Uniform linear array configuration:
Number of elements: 12
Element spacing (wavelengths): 0.75
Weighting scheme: binomial
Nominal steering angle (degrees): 15
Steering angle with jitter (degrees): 16.819
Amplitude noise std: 0.05
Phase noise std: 0.05

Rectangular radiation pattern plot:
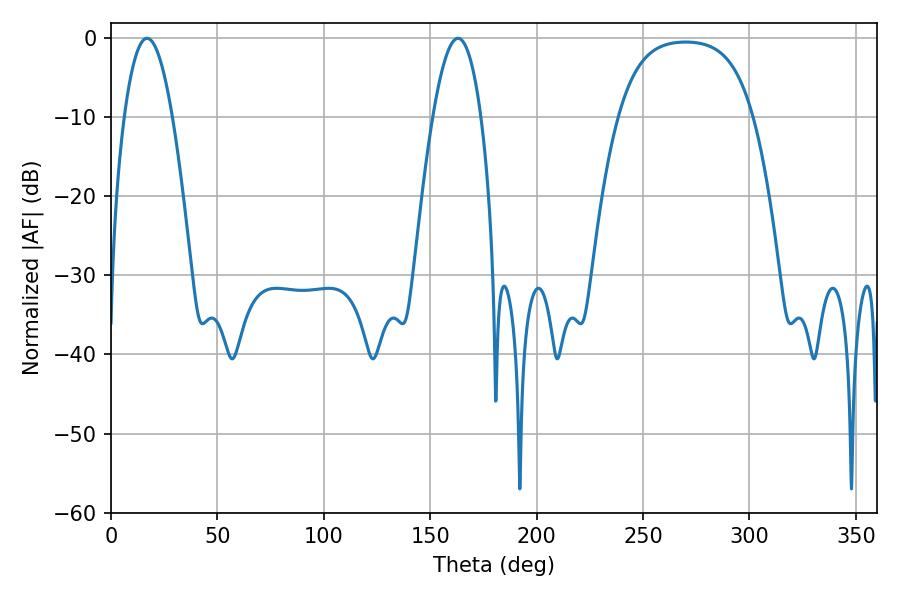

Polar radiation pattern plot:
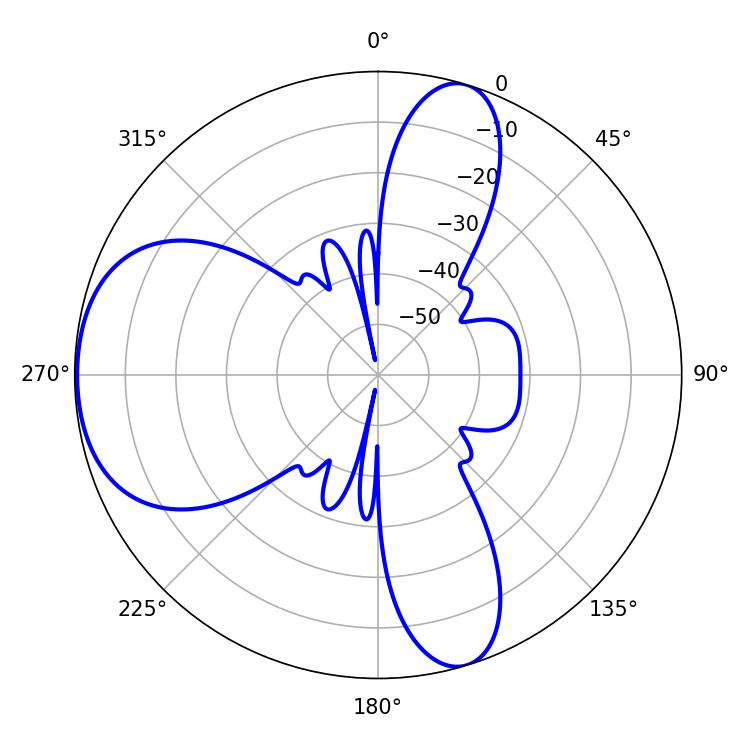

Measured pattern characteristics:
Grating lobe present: TRUE
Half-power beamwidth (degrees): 12.24
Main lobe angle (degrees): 16.92